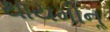
થાયમીનૢ